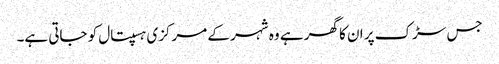
جس سڑک پر ان کا گھر ہے وہ شہر کے مرکزی ہسپتال کو جاتی ہے۔